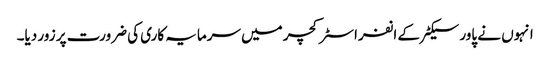
انہوں نے پاور سیکٹر کے انفراسٹرکچر میں سرمایہ کاری کی ضرورت پر زور دیا۔